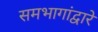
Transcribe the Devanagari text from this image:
समभागांद्वारे